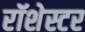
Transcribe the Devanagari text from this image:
रॉशेस्टर